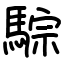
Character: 騌